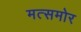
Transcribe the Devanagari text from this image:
मत्समोर